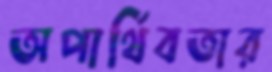
অপার্থিবতার